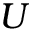
U